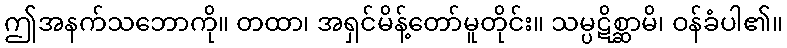
ဤအနက်သဘောကို။ တထာ၊ အရှင်မိန့်တော်မူတိုင်း။ သမ္ပဋိစ္ဆာမိ၊ ဝန်ခံပါ၏။